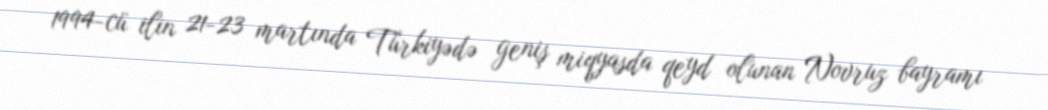
1994-cü ilin 21-23 martında Türkiyədə geniş miqyasda qeyd olunan Novruz bayramı